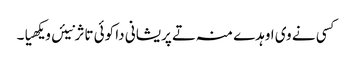
کسی نے وی اوہدے منہ تے پریشانی دا کوئی تاثر نیئں ویکھیا۔